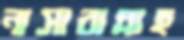
নাসারাল্লাহ